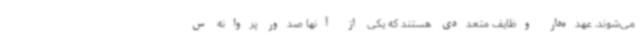
می‌شوند، عهده‌دار وظایف متعددی هستند که یکی از آنها صدور پروانه س